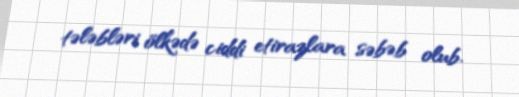
tələbləri ölkədə ciddi etirazlara səbəb olub.